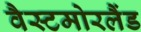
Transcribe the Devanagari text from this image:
वैस्टमोरलैंड